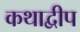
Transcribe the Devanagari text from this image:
कथाद्वीप